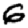
Digit: 6